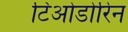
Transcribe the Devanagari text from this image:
टिओडोरिन